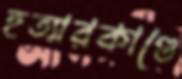
হত্যারকাণ্ডে